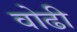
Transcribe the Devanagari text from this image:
वोढी